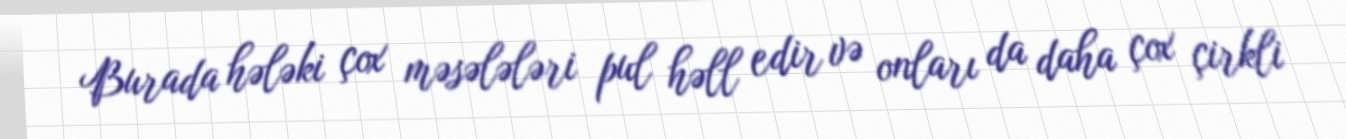
Burada hələki çox məsələləri pul həll edir və onları da daha çox çirkli